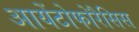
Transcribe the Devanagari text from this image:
आयेंटोफोरैसिस